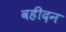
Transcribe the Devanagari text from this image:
वहीदन